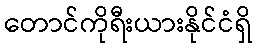
တောင်ကိုရီးယားနိုင်ငံရှိ